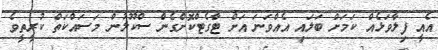
އެއީ ފިލާވަޅެއް ކަމަށް ބަލައި އެއްވަނަ އަށް ޓާގެޓްކޮށްގެން ސްކޫލުން މަސައްކަތް ކުރީތީވެ